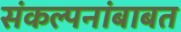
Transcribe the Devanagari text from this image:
संकल्पनांबाबत